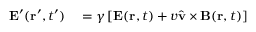
\begin{array} { r l } { \mathbf { E } ^ { \prime } ( \mathbf { r } ^ { \prime } , t ^ { \prime } ) } & { { } = \gamma \left[ \mathbf { E } ( \mathbf { r } , t ) + v \hat { \mathbf { v } } \times \mathbf { B } ( \mathbf { r } , t ) \right] } \end{array}